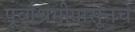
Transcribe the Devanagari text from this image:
पूर्वाश्रमीपासूनचे